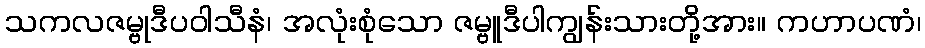
သကလဇမ္ဗုဒီပဝါသီနံ၊ အလုံးစုံသော ဇမ္ဗူဒီပါကျွန်းသားတို့အား။ ကဟာပဏံ၊